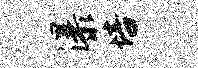
瀑培